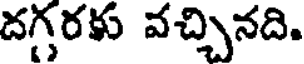
దగ్గరకు వచ్చినది.